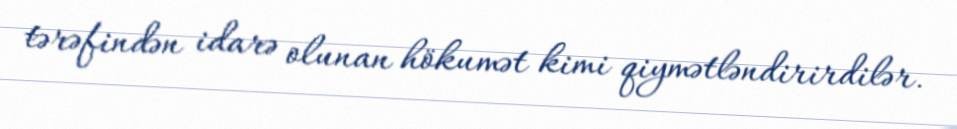
tərəfindən idarə olunan hökumət kimi qiymətləndirirdilər.